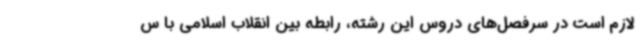
لازم است در سرفصل‌های دروس این رشته، رابطه بین انقلاب اسلامی با س